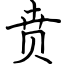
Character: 贲